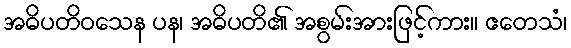
အဓိပတိဝသေန ပန၊ အဓိပတိ၏ အစွမ်းအားဖြင့်ကား။ ဧတေသံ၊